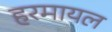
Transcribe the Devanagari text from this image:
हरमायल